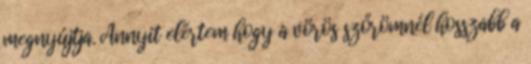
megnyújtja. Annyit elértem hogy a vörös szőrömnél hosszabb a